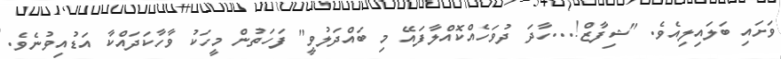
ވަށައި ބަލައިލިއެވެ. "ޝިފާޒް!...ހާދަ ދުވަހެއްކޮއްލާފައޭ މި ބައްދަލުވީ" ފަހަތުން މީހަކު ވާހާކަދައްކާ އަޑުއިވުނެވެ.